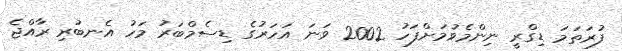
ފުރަތަމަ ޑިގްރީ ނިންމެވުމަށްފަހު 2002 ވަނަ އަހަރުގެ ޑިސެމްބަރު މަހު އެނބުރި ރާއްޖެ